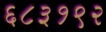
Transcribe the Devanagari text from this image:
६८३१९२